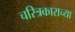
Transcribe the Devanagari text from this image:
चरित्रकाराच्या